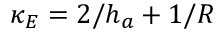
\kappa _ { E } = 2 / h _ { a } + 1 / R